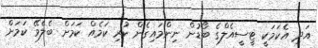
އަދި އެކަމަކީ ޓީސީއެލްގެ ބޯޑުން ނިންމައިގެން ކުރި ކަމެއް ކަމަށް ބެލެވޭ ކަމަށް